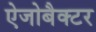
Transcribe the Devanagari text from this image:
ऐजोबैक्टर